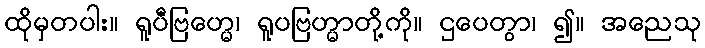
ထိုမှတပါး။ ရူပီဗြဟ္မေ၊ ရူပဗြဟ္မာတို့ကို။ ဌပေတွာ၊ ၍။ အညေသု